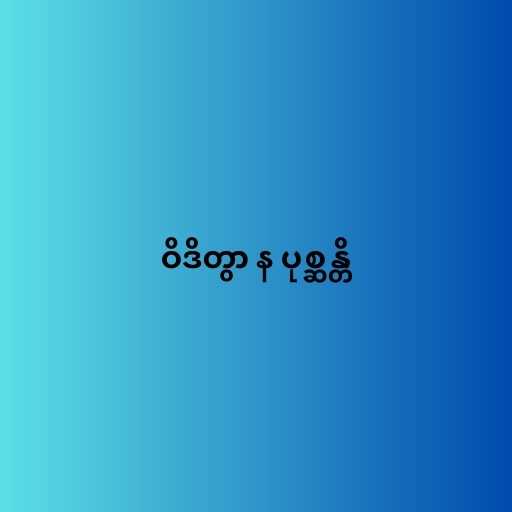
ဝိဒိတွာ န ပုစ္ဆန္တိ